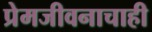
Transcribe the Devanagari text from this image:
प्रेमजीवनाचाही